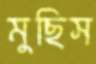
মুছিস